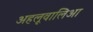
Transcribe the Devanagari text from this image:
अहलूवालिआ